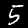
Digit: 5